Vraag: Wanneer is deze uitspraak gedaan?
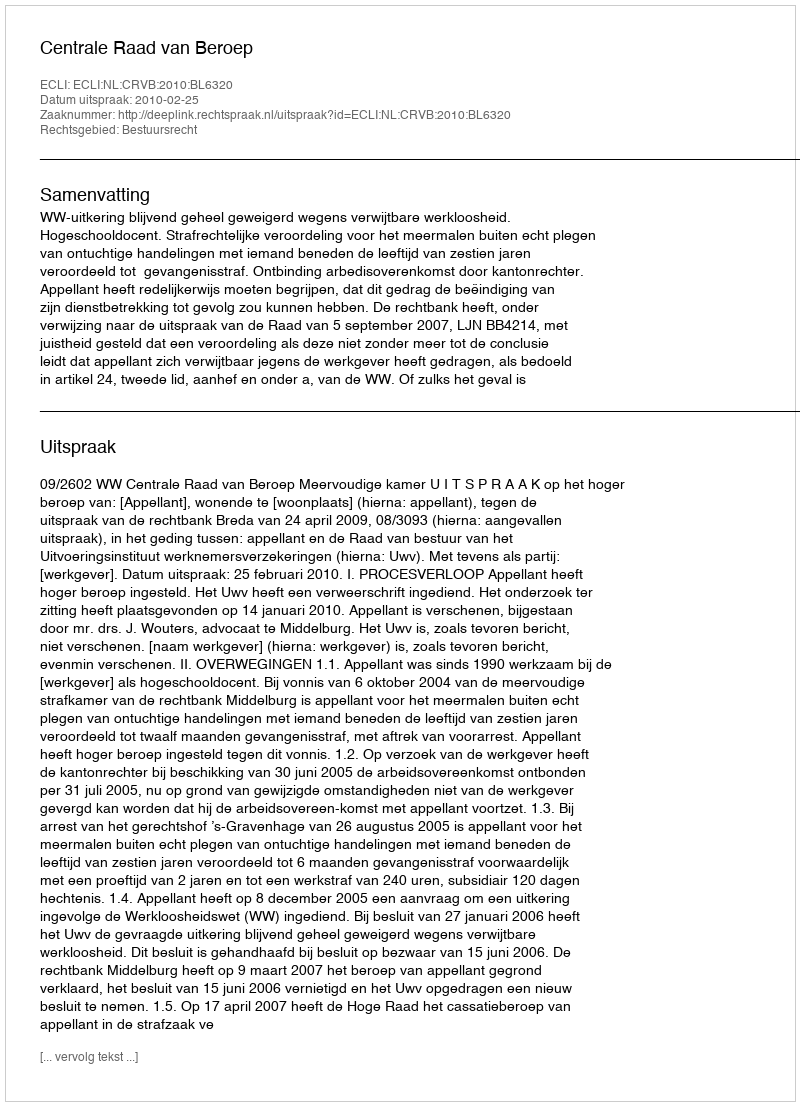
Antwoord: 2010-02-25